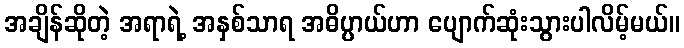
အချိန်ဆိုတဲ့ အရာရဲ့ အနှစ်သာရ အဓိပ္ပာယ်ဟာ ပျောက်ဆုံးသွားပါလိမ့်မယ်။